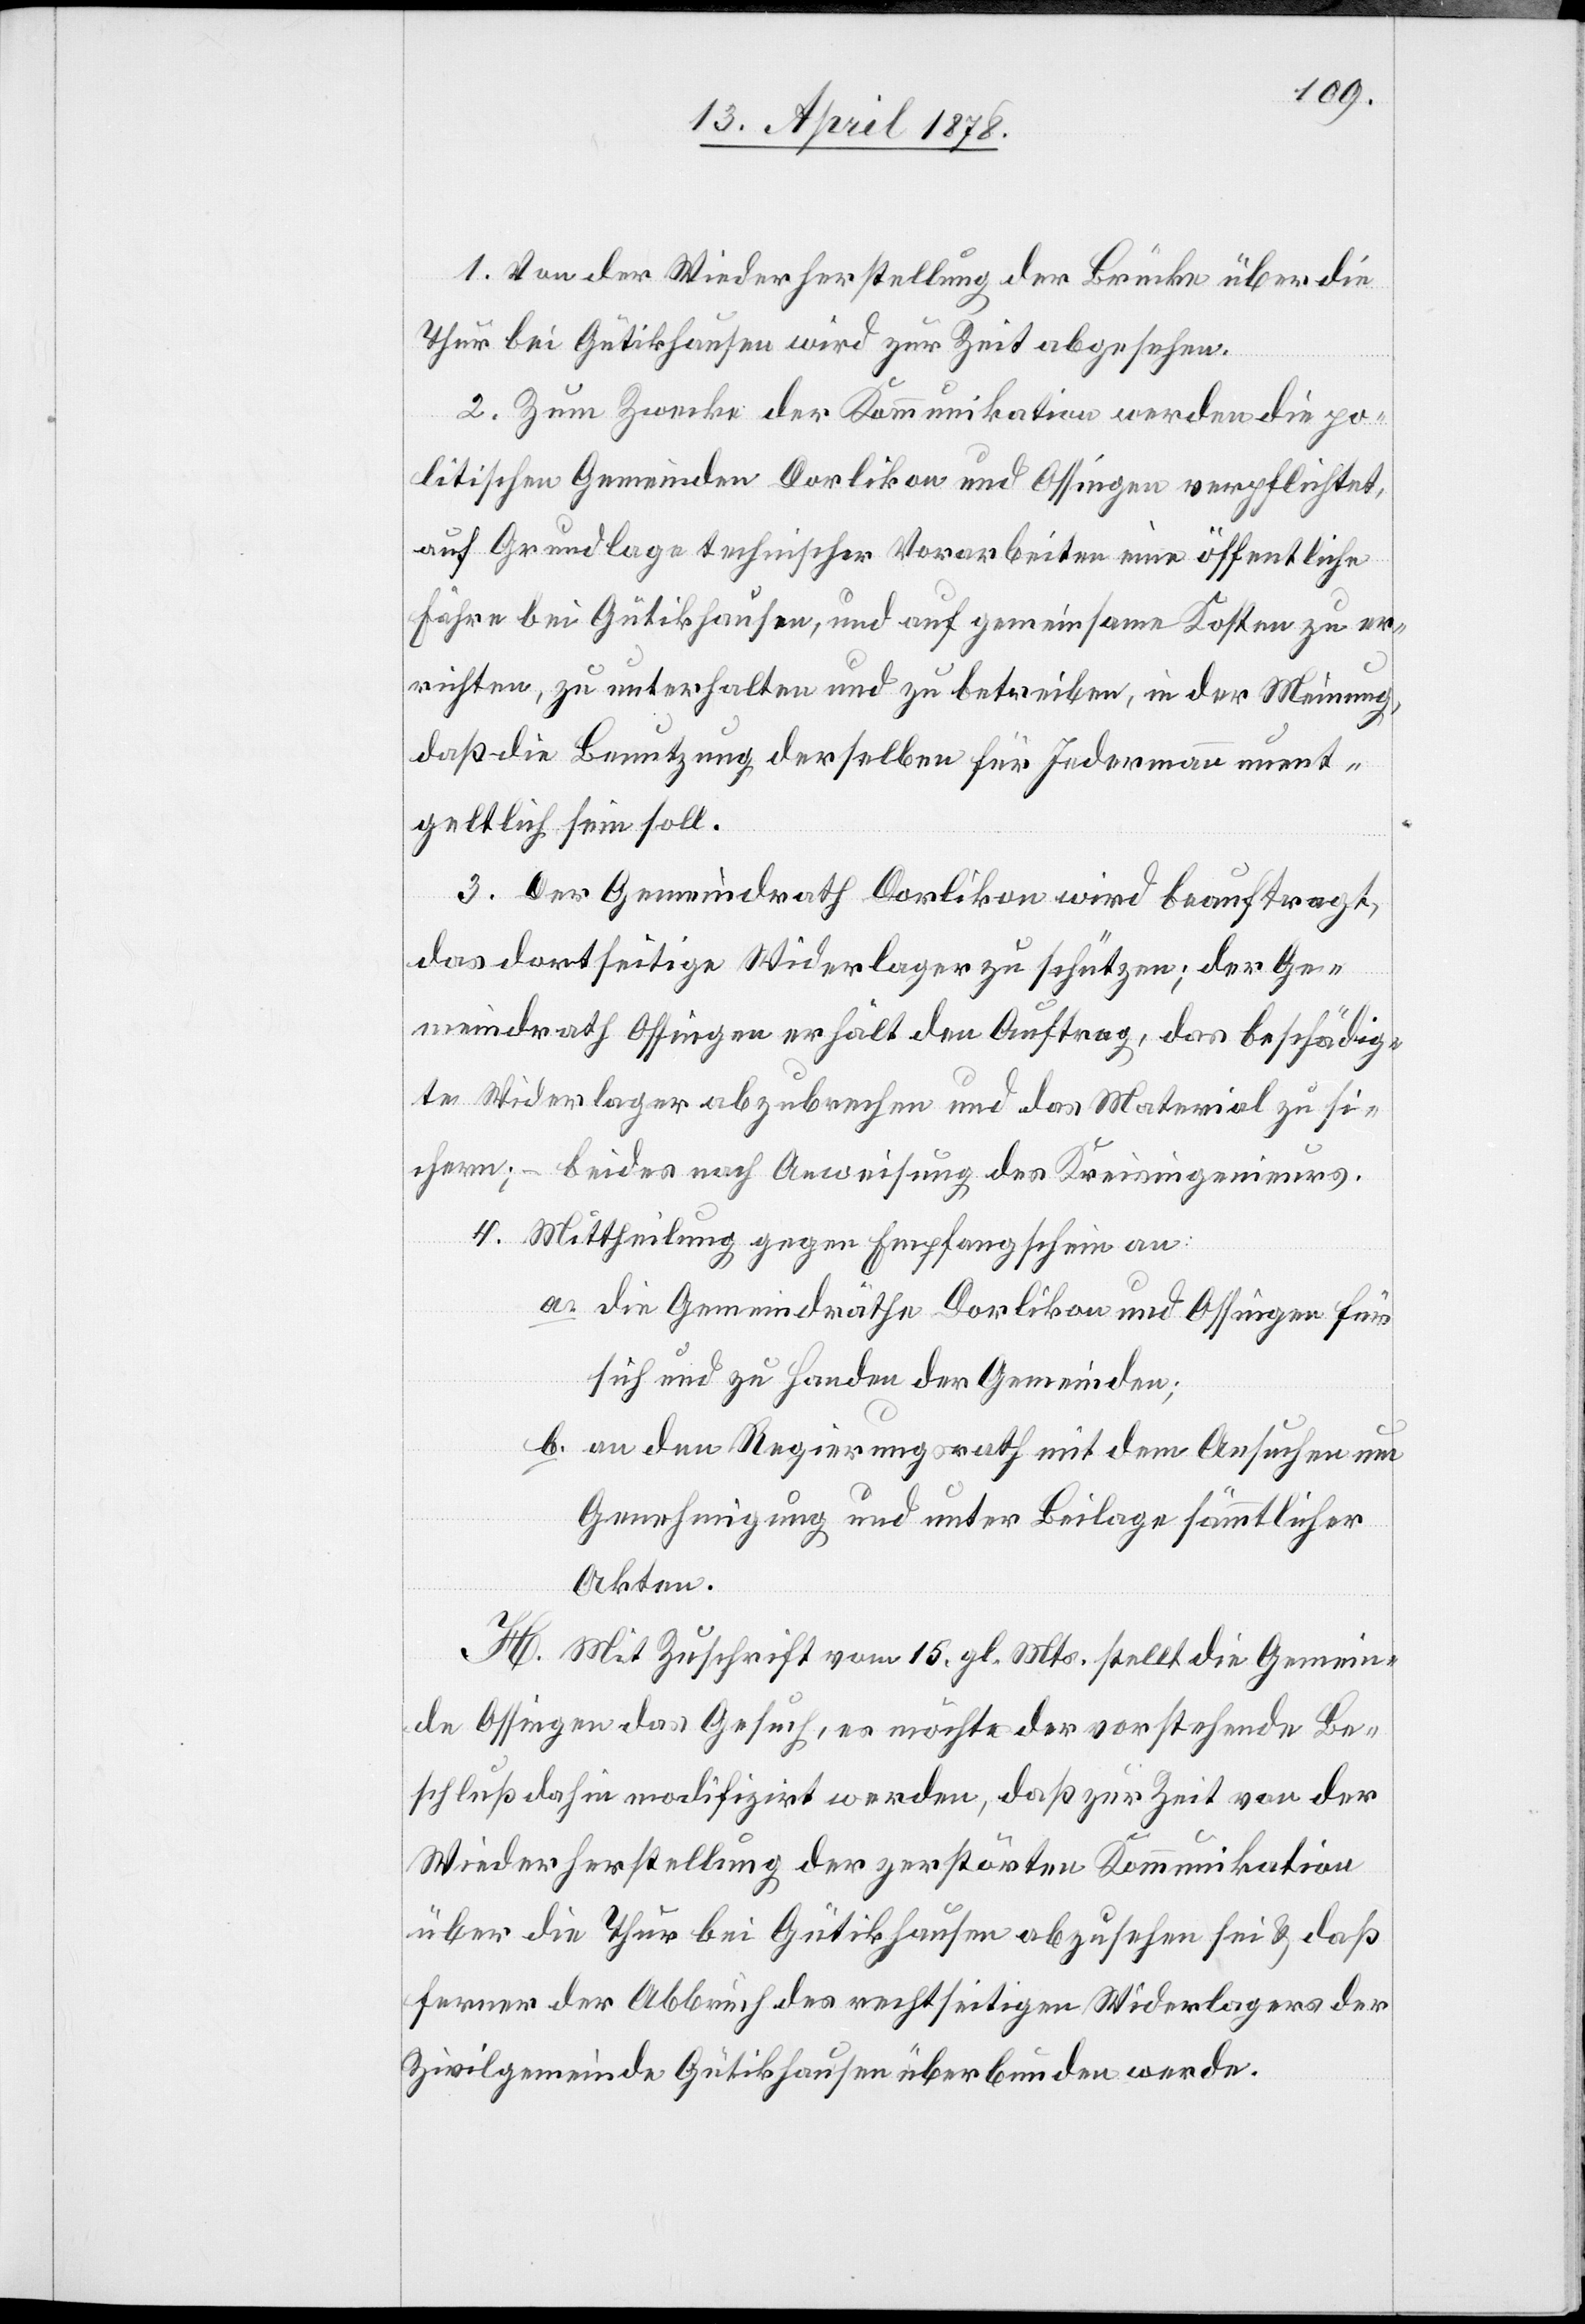
1. Von der Wiederherstellung der Brücke über die
Thur bei Gütikhausen wird zur Zeit abgesehen.
2. Zum Zwecke der Kommunikation werden die po¬
litischen Gemeinden Dorlikon und Ossingen verpflichtet,
auf Grundlage technischer Vorarbeiten eine öffentliche
Fähre bei Gütikhausen, und auf gemeinsame Kosten zu er¬
richten, zu unterhalten und zu betreiben, in der Meinung,
daß die Benutzung derselben für Jedermann unent¬
geltlich sein soll.
3. Der Gemeindrath Dorlikon wird beauftragt,
das dortseitige Widerlager zu schützen; der Ge¬
meindrath Ossingen erhält den Auftrag, das beschädig¬
te Widerlager abzubrechen und das Material zu si¬
chern; – beides nach Anweisung des Kreisingenieurs.
4. Mittheilung gegen Empfangschein an:
a. die Gemeindräthe Dorlikon und Ossingen für
sich und zu Handen der Gemeinden;
b. an den Regierungsrath mit dem Ansuchen um
Genehmigung und unter Beilage sämmtlicher
Akten.
H. Mit Zuschrift vom 15. gl. Mts. stellt die Gemein¬
de Ossingen das Gesuch, es möchte der vorstehende Be¬
schluß dahin modifizirt werden, daß zur Zeit von der
Wiederherstellung der zerstörten Kommunikation
über die Thur bei Gütikhausen abzusehen sei & daß
ferner der Abbruch des rechtseitigen Widerlagers der
Zivilgemeinde Gütikhausen überbunden werde.